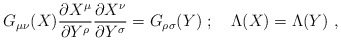
\begin{align*}G_{\mu\nu}(X)\frac{\partial X^\mu}{\partial Y^\rho}\frac{\partial X^\nu}{\partial Y^\sigma}=G_{\rho\sigma}(Y)\ ;\quad\Lambda(X)=\Lambda(Y) \ ,\end{align*}